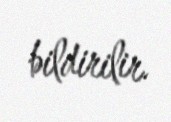
bildirilir.